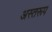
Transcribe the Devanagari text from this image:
अस्तरूप